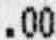
.00